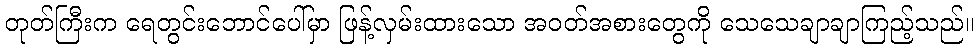
တုတ်ကြီးက ရေတွင်းဘောင်ပေါ်မှာ ဖြန့်လှမ်းထားသော အဝတ်အစားတွေကို သေသေချာချာကြည့်သည်။